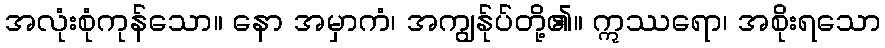
အလုံးစုံကုန်သော။ နော အမှာကံ၊ အကျွန်ုပ်တို့၏။ ဣဿရော၊ အစိုးရသော